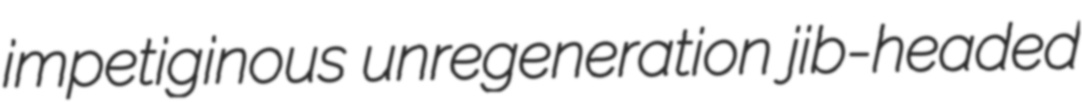
impetiginous unregeneration jib-headed